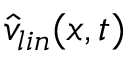
\hat { v } _ { l i n } ( x , t )